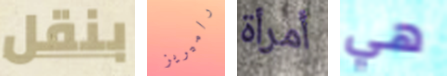
بنقل راميريز أمرأة هي